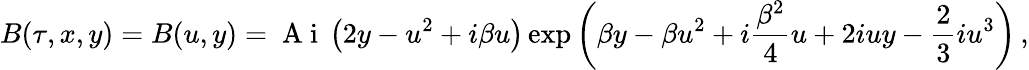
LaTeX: B(\tau,x,y)=B(u,y)=\mathrm{~A~i~}\left(2y-u^{2}+i\beta u\right)\exp\left(\beta y-\beta u^{2}+i\frac{\beta^{2}}{4}u+2iuy-\frac{2}{3}iu^{3}\right)\, ,